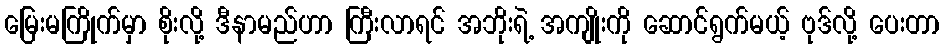
မြေးမကြိုက်မှာ စိုးလို့ ဒီနာမည်ဟာ ကြီးလာရင် အဘိုးရဲ့ အကျိုးကို ဆောင်ရွက်မယ့် ဗုဒ်လို့ ပေးတာ